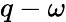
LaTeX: q-\omega